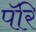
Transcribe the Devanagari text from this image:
पॅरि